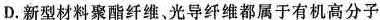
D.新型材料聚酯纤维，光导纤维都属于有机高分子